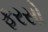
ફરસો